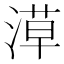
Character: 𣺞